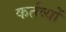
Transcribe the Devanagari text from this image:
कर्तव्‍यों